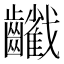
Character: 𪙻